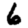
Digit: 6